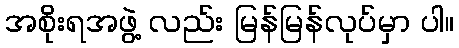
အစိုးရအဖွဲ့ လည်း မြန်မြန်လုပ်မှာ ပါ။